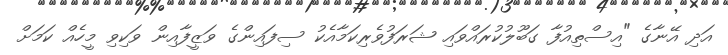
އަދި އޭނާގެ "އިސްތިއުފާ ގަބޫލުކުރައްވައި ޝަރަފުވެރިކަމާއެކު ސިފައިންގެ ވަޒީފާއިން ވަކިވި މީހެއް ކަމަށް